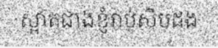
ស្អាតជាងខ្ញុំរាប់សិបដង